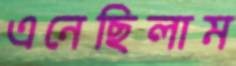
এনেছিলাম